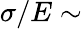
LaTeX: \sigma/E\sim